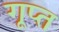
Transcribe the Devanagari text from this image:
गूप्त